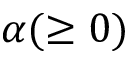
\alpha ( \geq 0 )